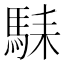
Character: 𱄛